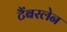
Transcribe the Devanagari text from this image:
टैंबरलेन